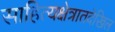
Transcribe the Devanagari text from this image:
साहित्यक्षेत्रातदेखिल